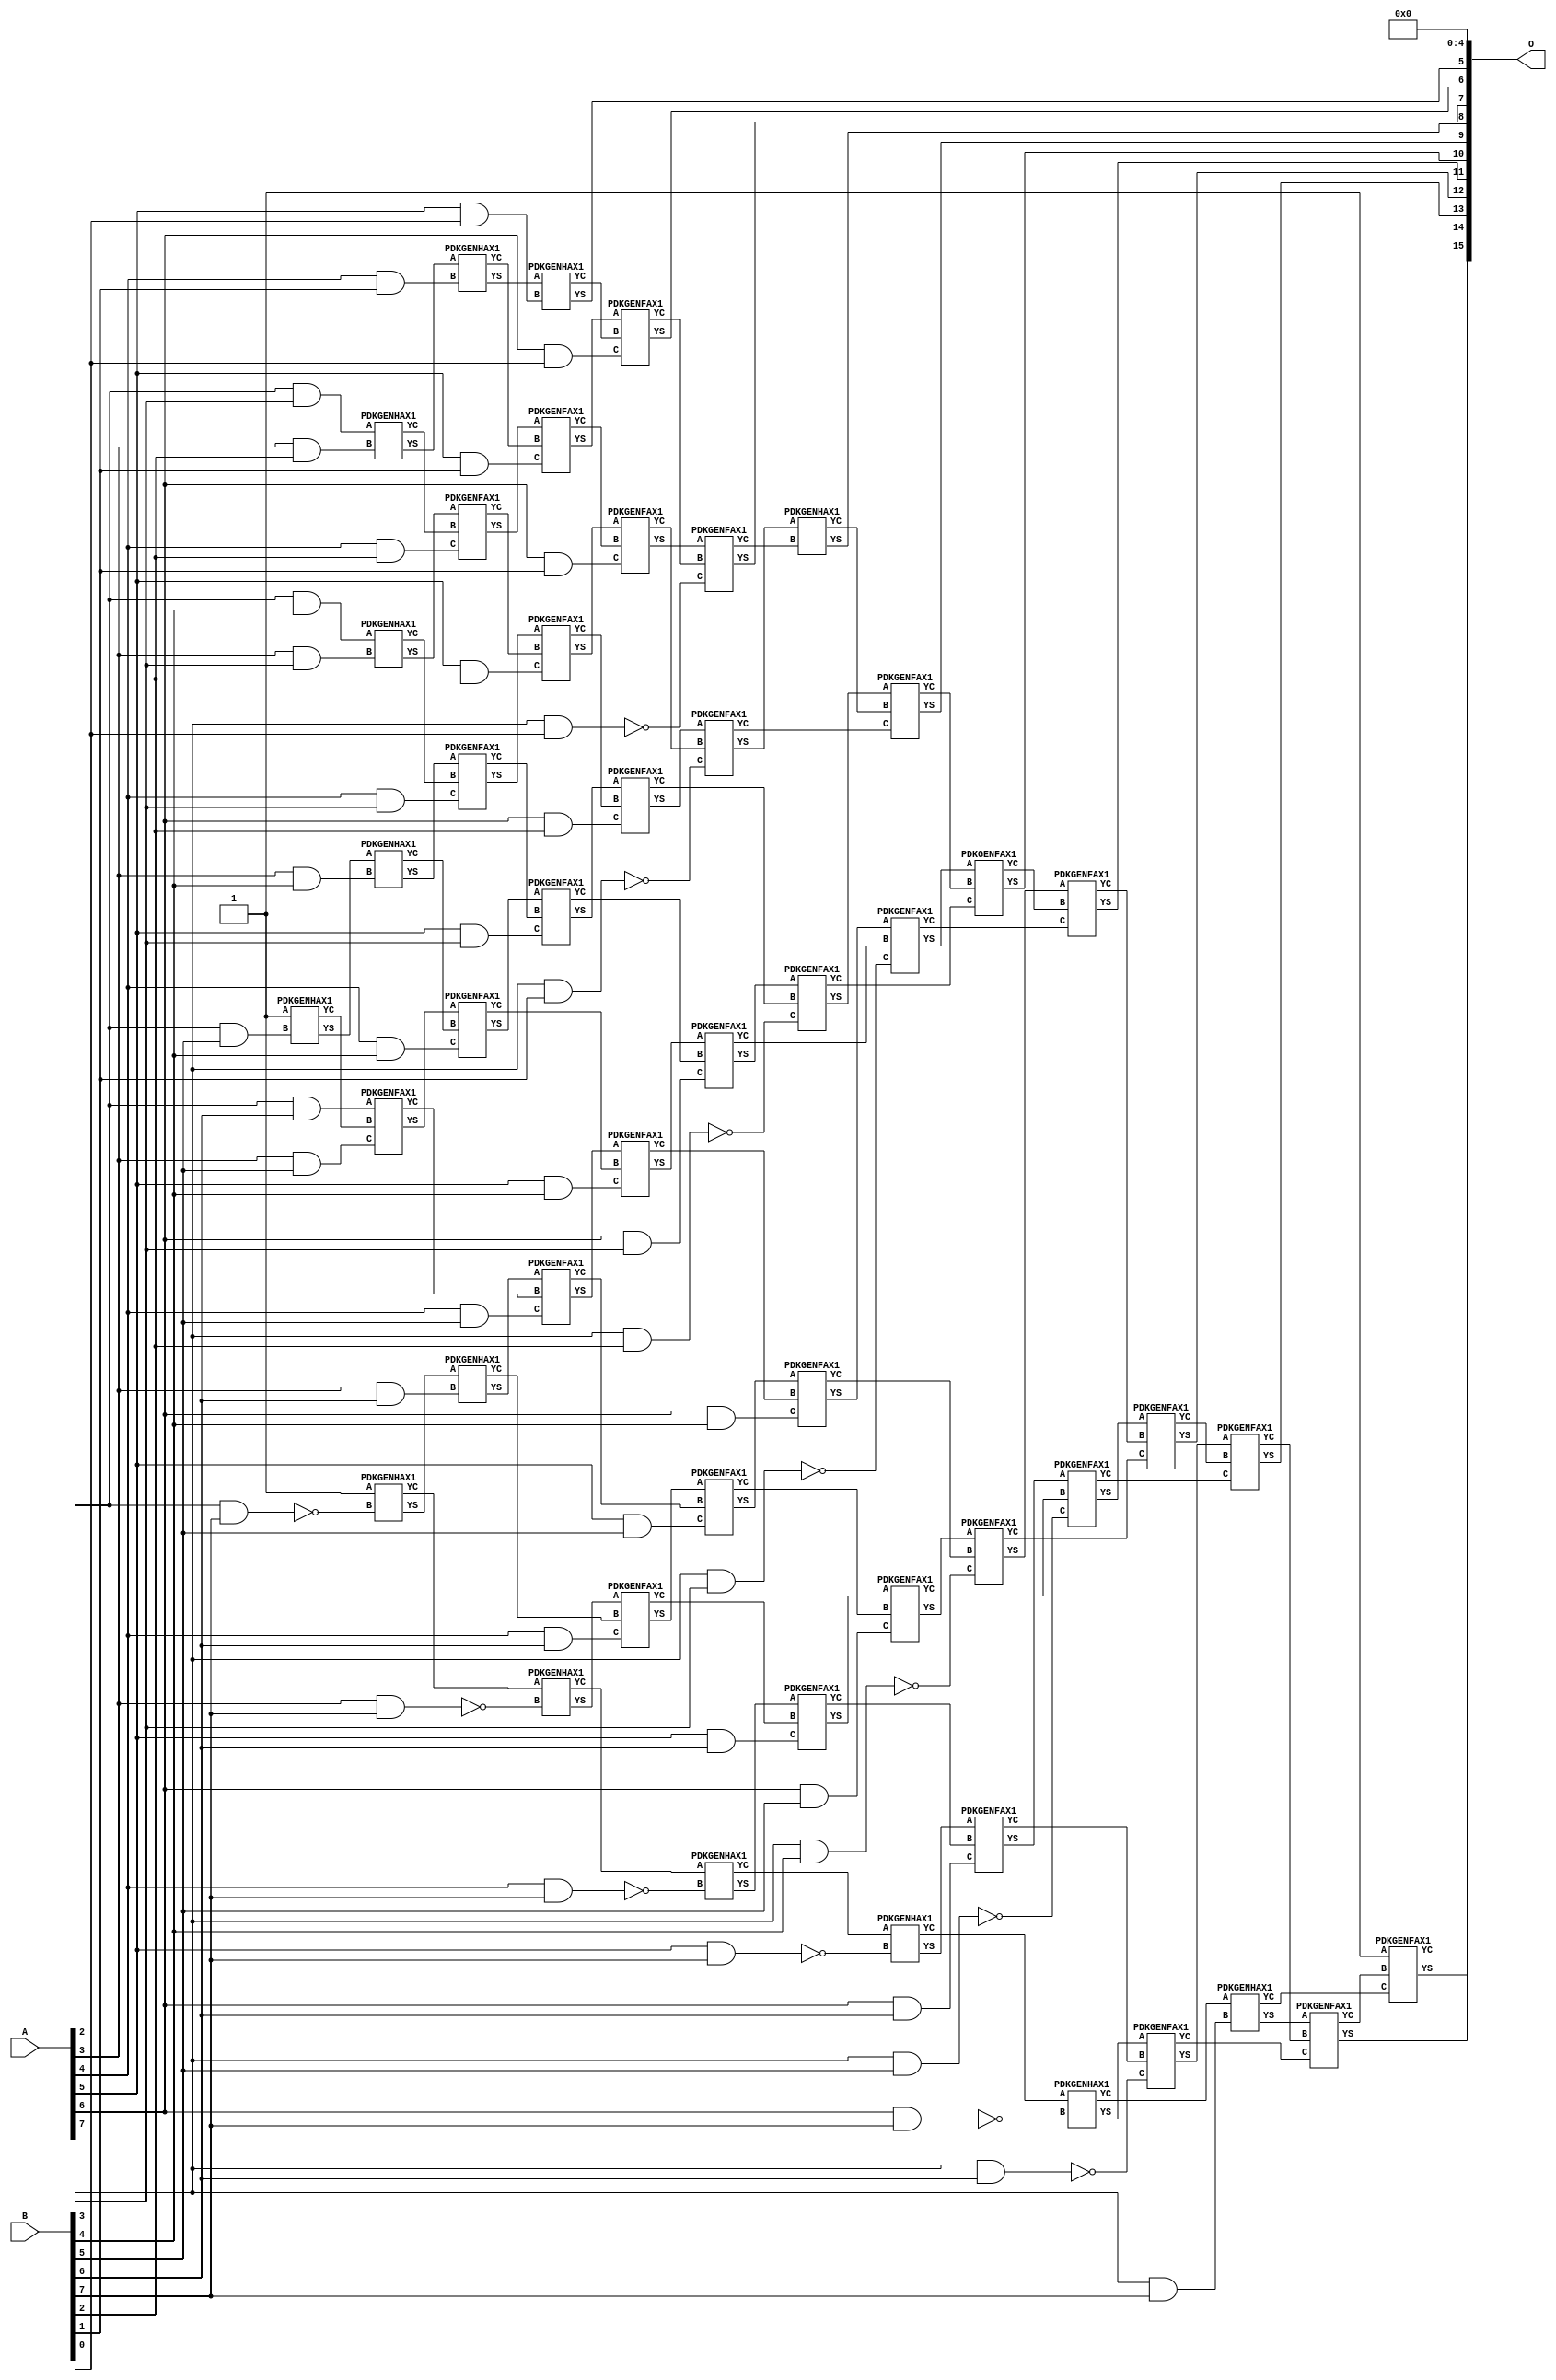
// This program was cloned from: https://github.com/ehw-fit/evoapproxlib
// License: MIT License

/***
* This code is a part of EvoApproxLib library (ehw.fit.vutbr.cz/approxlib) distributed under The MIT License.
* When used, please cite the following article(s): V. Mrazek, Z. Vasicek, L. Sekanina, H. Jiang and J. Han, "Scalable Construction of Approximate Multipliers With Formally Guaranteed Worst Case Error" in IEEE Transactions on Very Large Scale Integration (VLSI) Systems, vol. 26, no. 11, pp. 2572-2576, Nov. 2018. doi: 10.1109/TVLSI.2018.2856362 
* This file contains a circuit from a sub-set of pareto optimal circuits with respect to the pwr and mre parameters
***/
// MAE% = 0.15 %
// MAE = 101 
// WCE% = 0.69 %
// WCE = 449 
// WCRE% = 6500.00 %
// EP% = 91.89 %
// MRE% = 8.93 %
// MSE = 19690 
// PDK45_PWR = 0.289 mW
// PDK45_AREA = 543.0 um2
// PDK45_DELAY = 1.33 ns


module mul8s_1KVL ( A, B, O );
  input [7:0] A;
  input [7:0] B;
  output [15:0] O;

  wire C_2_5,C_2_7,C_3_2,C_3_3,C_3_4,C_3_5,C_3_6,C_3_7,C_4_1,C_4_2,C_4_3,C_4_4,C_4_5,C_4_6,C_4_7,C_5_0,C_5_1,C_5_2,C_5_3,C_5_4,C_5_5,C_5_6,C_5_7,C_6_0,C_6_1,C_6_2,C_6_3,C_6_4,C_6_5,C_6_6,C_6_7,C_7_0,C_7_1,C_7_2,C_7_3,C_7_4,C_7_5,C_7_6,C_7_7,C_8_0,C_8_1,C_8_2,C_8_3,C_8_4,C_8_5,C_8_6,C_8_7,S_0_7,S_1_6,S_2_3,S_2_4,S_2_5,S_2_6,S_2_7,S_3_2,S_3_3,S_3_4,S_3_5,S_3_6,S_3_7,S_4_1,S_4_2,S_4_3,S_4_4,S_4_5,S_4_6,S_4_7,S_5_0,S_5_1,S_5_2,S_5_3,S_5_4,S_5_5,S_5_6,S_5_7,S_6_0,S_6_1,S_6_2,S_6_3,S_6_4,S_6_5,S_6_6,S_6_7,S_7_0,S_7_1,S_7_2,S_7_3,S_7_4,S_7_5,S_7_6,S_7_7,S_8_0,S_8_1,S_8_2,S_8_3,S_8_4,S_8_5,S_8_6,S_8_7;

  assign S_0_7 = 1'b1;
  assign S_1_6 = 1'b1;
  assign S_2_3 = (A[2] & B[3]);
  assign S_2_4 = (A[2] & B[4]);
  PDKGENHAX1 U4630 (.A(S_1_6), .B((A[2] & B[5])), .YS(S_2_5), .YC(C_2_5));
  assign S_2_6 = (A[2] & B[6]);
  PDKGENHAX1 U4632 (.A(1'b1), .B(~(A[2] & B[7])), .YS(S_2_7), .YC(C_2_7));
  PDKGENHAX1 U4635 (.A(S_2_3), .B((A[3] & B[2])), .YS(S_3_2), .YC(C_3_2));
  PDKGENHAX1 U4636 (.A(S_2_4), .B((A[3] & B[3])), .YS(S_3_3), .YC(C_3_3));
  PDKGENHAX1 U4637 (.A(S_2_5), .B((A[3] & B[4])), .YS(S_3_4), .YC(C_3_4));
  PDKGENFAX1 U4638 (.A(S_2_6), .B(C_2_5), .C((A[3] & B[5])), .YS(S_3_5), .YC(C_3_5));
  PDKGENHAX1 U4639 (.A(S_2_7), .B((A[3] & B[6])), .YS(S_3_6), .YC(C_3_6));
  PDKGENHAX1 U4640 (.A(C_2_7), .B(~(A[3] & B[7])), .YS(S_3_7), .YC(C_3_7));
  PDKGENHAX1 U4642 (.A(S_3_2), .B((A[4] & B[1])), .YS(S_4_1), .YC(C_4_1));
  PDKGENFAX1 U4643 (.A(S_3_3), .B(C_3_2), .C((A[4] & B[2])), .YS(S_4_2), .YC(C_4_2));
  PDKGENFAX1 U4644 (.A(S_3_4), .B(C_3_3), .C((A[4] & B[3])), .YS(S_4_3), .YC(C_4_3));
  PDKGENFAX1 U4645 (.A(S_3_5), .B(C_3_4), .C((A[4] & B[4])), .YS(S_4_4), .YC(C_4_4));
  PDKGENFAX1 U4646 (.A(S_3_6), .B(C_3_5), .C((A[4] & B[5])), .YS(S_4_5), .YC(C_4_5));
  PDKGENFAX1 U4647 (.A(S_3_7), .B(C_3_6), .C((A[4] & B[6])), .YS(S_4_6), .YC(C_4_6));
  PDKGENHAX1 U4648 (.A(C_3_7), .B(~(A[4] & B[7])), .YS(S_4_7), .YC(C_4_7));
  PDKGENHAX1 U4649 (.A(S_4_1), .B((A[5] & B[0])), .YS(S_5_0), .YC(C_5_0));
  PDKGENFAX1 U4650 (.A(S_4_2), .B(C_4_1), .C((A[5] & B[1])), .YS(S_5_1), .YC(C_5_1));
  PDKGENFAX1 U4651 (.A(S_4_3), .B(C_4_2), .C((A[5] & B[2])), .YS(S_5_2), .YC(C_5_2));
  PDKGENFAX1 U4652 (.A(S_4_4), .B(C_4_3), .C((A[5] & B[3])), .YS(S_5_3), .YC(C_5_3));
  PDKGENFAX1 U4653 (.A(S_4_5), .B(C_4_4), .C((A[5] & B[4])), .YS(S_5_4), .YC(C_5_4));
  PDKGENFAX1 U4654 (.A(S_4_6), .B(C_4_5), .C((A[5] & B[5])), .YS(S_5_5), .YC(C_5_5));
  PDKGENFAX1 U4655 (.A(S_4_7), .B(C_4_6), .C((A[5] & B[6])), .YS(S_5_6), .YC(C_5_6));
  PDKGENHAX1 U4656 (.A(C_4_7), .B(~(A[5] & B[7])), .YS(S_5_7), .YC(C_5_7));
  PDKGENFAX1 U4657 (.A(S_5_1), .B(C_5_0), .C((A[6] & B[0])), .YS(S_6_0), .YC(C_6_0));
  PDKGENFAX1 U4658 (.A(S_5_2), .B(C_5_1), .C((A[6] & B[1])), .YS(S_6_1), .YC(C_6_1));
  PDKGENFAX1 U4659 (.A(S_5_3), .B(C_5_2), .C((A[6] & B[2])), .YS(S_6_2), .YC(C_6_2));
  PDKGENFAX1 U4660 (.A(S_5_4), .B(C_5_3), .C((A[6] & B[3])), .YS(S_6_3), .YC(C_6_3));
  PDKGENFAX1 U4661 (.A(S_5_5), .B(C_5_4), .C((A[6] & B[4])), .YS(S_6_4), .YC(C_6_4));
  PDKGENFAX1 U4662 (.A(S_5_6), .B(C_5_5), .C((A[6] & B[5])), .YS(S_6_5), .YC(C_6_5));
  PDKGENFAX1 U4663 (.A(S_5_7), .B(C_5_6), .C((A[6] & B[6])), .YS(S_6_6), .YC(C_6_6));
  PDKGENHAX1 U4664 (.A(C_5_7), .B(~(A[6] & B[7])), .YS(S_6_7), .YC(C_6_7));
  PDKGENFAX1 U4665 (.A(S_6_1), .B(C_6_0), .C(~(A[7] & B[0])), .YS(S_7_0), .YC(C_7_0));
  PDKGENFAX1 U4666 (.A(S_6_2), .B(C_6_1), .C(~(A[7] & B[1])), .YS(S_7_1), .YC(C_7_1));
  PDKGENFAX1 U4667 (.A(S_6_3), .B(C_6_2), .C(~(A[7] & B[2])), .YS(S_7_2), .YC(C_7_2));
  PDKGENFAX1 U4668 (.A(S_6_4), .B(C_6_3), .C(~(A[7] & B[3])), .YS(S_7_3), .YC(C_7_3));
  PDKGENFAX1 U4669 (.A(S_6_5), .B(C_6_4), .C(~(A[7] & B[4])), .YS(S_7_4), .YC(C_7_4));
  PDKGENFAX1 U4670 (.A(S_6_6), .B(C_6_5), .C(~(A[7] & B[5])), .YS(S_7_5), .YC(C_7_5));
  PDKGENFAX1 U4671 (.A(S_6_7), .B(C_6_6), .C(~(A[7] & B[6])), .YS(S_7_6), .YC(C_7_6));
  PDKGENHAX1 U4672 (.A(C_6_7), .B((A[7] & B[7])), .YS(S_7_7), .YC(C_7_7));
  PDKGENHAX1 U4673 (.A(S_7_1), .B(C_7_0), .YS(S_8_0), .YC(C_8_0));
  PDKGENFAX1 U4674 (.A(S_7_2), .B(C_8_0), .C(C_7_1), .YS(S_8_1), .YC(C_8_1));
  PDKGENFAX1 U4675 (.A(S_7_3), .B(C_8_1), .C(C_7_2), .YS(S_8_2), .YC(C_8_2));
  PDKGENFAX1 U4676 (.A(S_7_4), .B(C_8_2), .C(C_7_3), .YS(S_8_3), .YC(C_8_3));
  PDKGENFAX1 U4677 (.A(S_7_5), .B(C_8_3), .C(C_7_4), .YS(S_8_4), .YC(C_8_4));
  PDKGENFAX1 U4678 (.A(S_7_6), .B(C_8_4), .C(C_7_5), .YS(S_8_5), .YC(C_8_5));
  PDKGENFAX1 U4679 (.A(S_7_7), .B(C_8_5), .C(C_7_6), .YS(S_8_6), .YC(C_8_6));
  PDKGENFAX1 U4680 (.A(1'b1), .B(C_8_6), .C(C_7_7), .YS(S_8_7), .YC(C_8_7));
  assign O = {S_8_7,S_8_6,S_8_5,S_8_4,S_8_3,S_8_2,S_8_1,S_8_0,S_7_0,S_6_0,S_5_0,1'b0,1'b0,1'b0,1'b0,1'b0};

endmodule

/* mod */
module PDKGENHAX1( input A, input B, output YS, output YC );
    assign YS = A ^ B;
    assign YC = A & B;
endmodule
/* mod */
module PDKGENFAX1( input A, input B, input C, output YS, output YC );
    assign YS = (A ^ B) ^ C;
    assign YC = (A & B) | (B & C) | (A & C);
endmodule